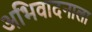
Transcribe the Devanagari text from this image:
अभिवादनाला